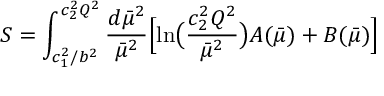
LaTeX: S = \int _ { c _ { 1 } ^ { 2 } / b ^ { 2 } } ^ { c _ { 2 } ^ { 2 } Q ^ { 2 } } { \frac { d \bar { \mu } ^ { 2 } } { \bar { \mu } ^ { 2 } } } \Bigl [ \ln \bigl ( { \frac { c _ { 2 } ^ { 2 } Q ^ { 2 } } { \bar { \mu } ^ { 2 } } } \bigr ) A ( \bar { \mu } ) + B ( \bar { \mu } ) \Bigr ] \;